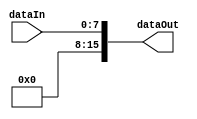
`timescale 1ns / 1ps

module zeroExtd(input [7:0] dataIn, output reg [15:0] dataOut);

always@(*)
begin
  dataOut = {8'h00, dataIn};
end  
endmodule